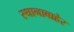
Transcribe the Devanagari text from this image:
स्थानाबाहेर